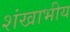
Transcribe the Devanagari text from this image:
शंखाभीय